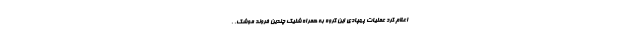
اعلام کرد عملیات پهپادی این گروه به همراه شلیک چندین فروند موشک، ،